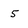
Character: 5